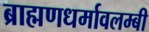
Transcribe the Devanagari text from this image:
ब्राह्मणधर्मावलम्बी